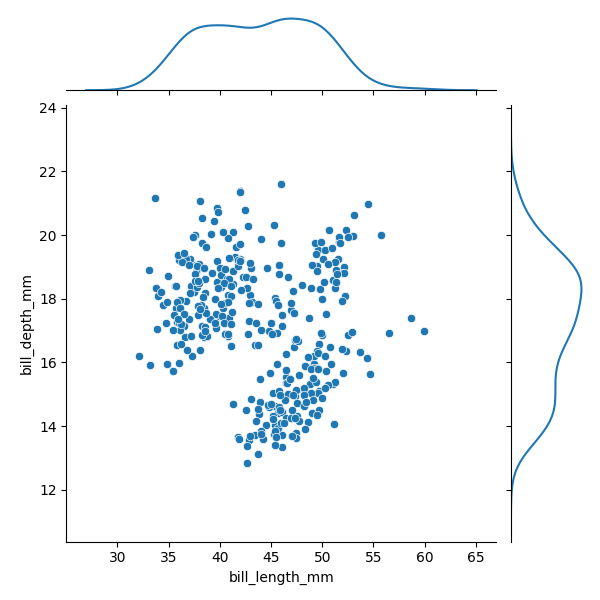
python, seaborn, JointGrid, scatterplot, kdeplot